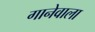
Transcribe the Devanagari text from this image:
गानेवाला